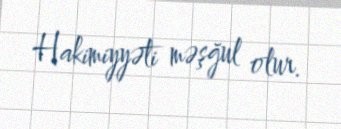
Hakimiyyəti məşğul olur.